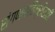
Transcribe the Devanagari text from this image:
संगणकविक्रीसाठी